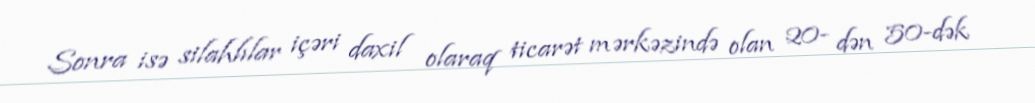
Sonra isə silahlılar içəri daxil olaraq ticarət mərkəzində olan 20- dən 50-dək